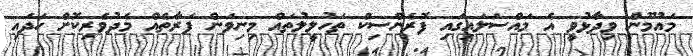
މައުމޫން ވިދާޅުވީ އެ މައްސަލައިގައި ފޮރެންސިކް ތަހުލީލުތައް މިނިވަން ފަރާތެއް މެދުވެރިކޮށް ހަދައި